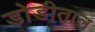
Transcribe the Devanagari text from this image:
डोडीताल